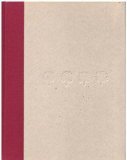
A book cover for The Four Seasons Spa Cuisine; Seppi Renggli; Cookbooks, Food & Wine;